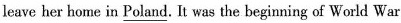
leave her home in \underline{Poland}. It was the beginning of World War